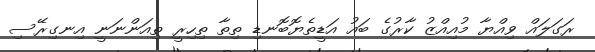
ރަގަލައް ވިއްޔާ މުއިއްޒު ކާރުގެ ބައު އަޑީތެޔޮބޮނޑި ތިތާ ތިހިރީ ތިއަންނަނީ އިނގިރޭސި